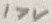
Text: 17V